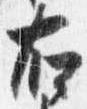
右